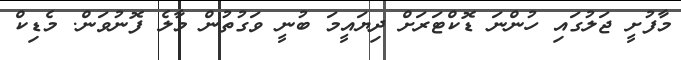
މާފުށީ ޖަލުގައި ހުންނަ ޑޮކްޓަރަށް ދިޔައީމަ ބުނީ ވަގުތުން މާލެ ފޮނުވަން. މެޑިކް